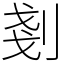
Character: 剗